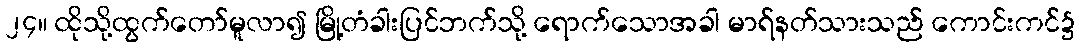
၂၄။ ထိုသို့ထွက်တော်မူလာ၍ မြို့တံခါးပြင်ဘက်သို့ ရောက်သောအခါ မာရ်နတ်သားသည် ကောင်းကင်၌